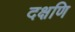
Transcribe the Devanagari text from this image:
दक्षणि